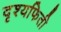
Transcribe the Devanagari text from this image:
दृश्यफिती